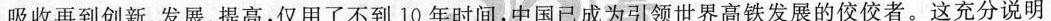
吸收再到创新。发展、提高，仅用了不到10年时间，中国已成为引领世界高铁发展的佼佼者。这充分说明